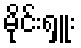
မိုင်းရှူး